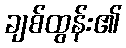
ချစ်ထွန်း၏